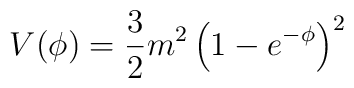
V(\phi)=\frac{3}{2}m^2 \left(1-e^{-\phi}\right)^2